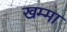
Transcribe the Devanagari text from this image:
खम्मा